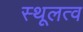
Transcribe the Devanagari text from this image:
स्थूलत्व